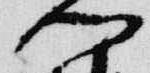
門